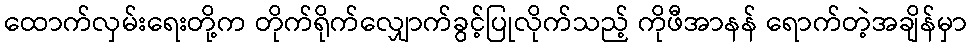
ထောက်လှမ်းရေးတို့က တိုက်ရိုက်လျှောက်ခွင့်ပြုလိုက်သည့် ကိုဖီအာနန် ရောက်တဲ့အချိန်မှာ